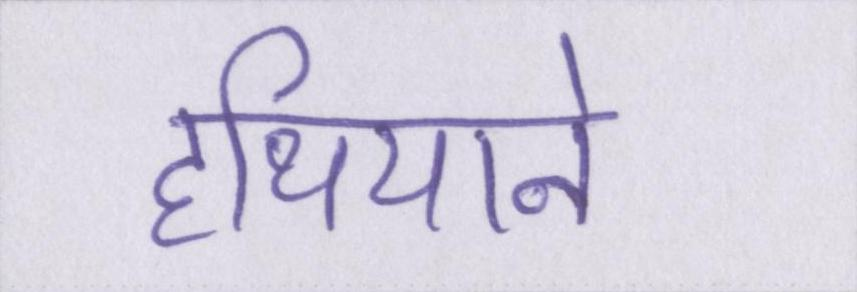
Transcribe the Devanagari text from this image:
हथियाने